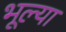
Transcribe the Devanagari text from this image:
भूल्या